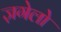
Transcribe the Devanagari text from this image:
ज़गेलो